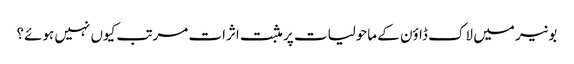
بونیر میں لاک ڈاؤن کے ماحولیات پر مثبت اثرات مرتب کیوں نہیں ہوئے؟